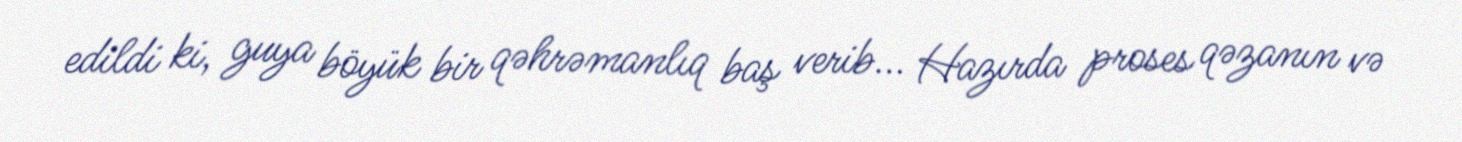
edildi ki, guya böyük bir qəhrəmanlıq baş verib... Hazırda proses qəzanın və